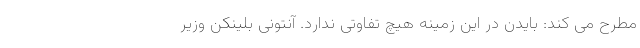
مطرح می کند: بایدن در این زمینه هیچ تفاوتی ندارد. آنتونی بلینکن وزیر